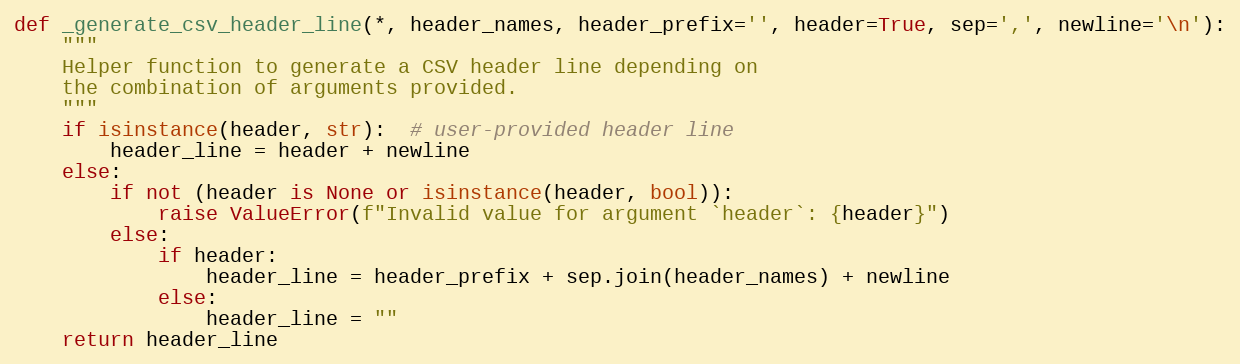
Language: Python
def _generate_csv_header_line(*, header_names, header_prefix='', header=True, sep=',', newline='\n'):
    """
    Helper function to generate a CSV header line depending on
    the combination of arguments provided.
    """
    if isinstance(header, str):  # user-provided header line
        header_line = header + newline
    else:
        if not (header is None or isinstance(header, bool)):
            raise ValueError(f"Invalid value for argument `header`: {header}")
        else:
            if header:
                header_line = header_prefix + sep.join(header_names) + newline
            else:
                header_line = ""
    return header_line